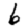
Digit: 6